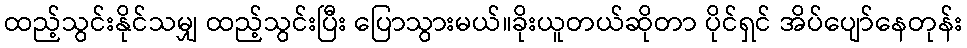
ထည့်သွင်းနိုင်သမျှ ထည့်သွင်းပြီး ပြောသွားမယ်။ခိုးယူတယ်ဆိုတာ ပိုင်ရှင် အိပ်ပျော်နေတုန်း